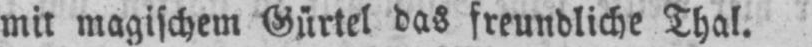
mit magischem Gürtel das freundliche Thal.